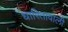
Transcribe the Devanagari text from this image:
धारितावाली